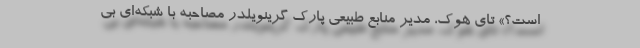
است؟» تای هوک، مدیر منابع طبیعی پارک گرینویلدر مصاحبه با شبکه‌ای بی